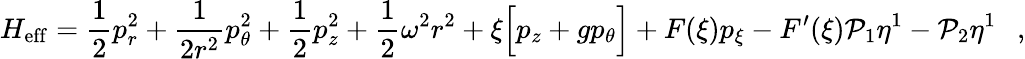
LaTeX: H_{\mathrm{eff}}=\frac{1}{2}p_{r}^{2}+\frac{1}{2r^{2}}p_{\theta}^{2}+\frac{1}{2}p_{z}^{2}+\frac{1}{2}\omega^{2}r^{2}+\xi\Big[p_{z}+gp_{\theta}\Big]+F(\xi)p_{\xi}-F^{\prime}(\xi){\cal P}_{1}\eta^{1}-{\cal P}_{2}\eta^{1}\ \ \ ,